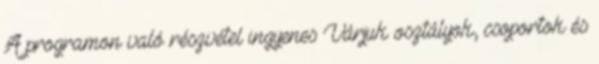
A programon való részvétel ingyenes Várjuk osztályok, csoportok és